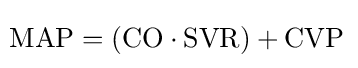
\!{\text{MAP}}=({\text{CO}}\cdot {\text{SVR}})+{\text{CVP}}